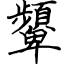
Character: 顰